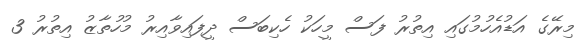
މިރޭގެ އަޑުއެހުމުގައި އިތުރު ފަސް މީހަކު ހެކިބަސް ދީފައިވާއިރު މުހުތާޒު އިތުރު 3